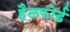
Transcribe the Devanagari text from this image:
हैलफोर्ड